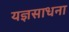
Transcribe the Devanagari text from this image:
यज्ञसाधना